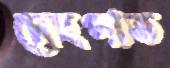
দেহপাত